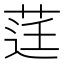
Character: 𮏙